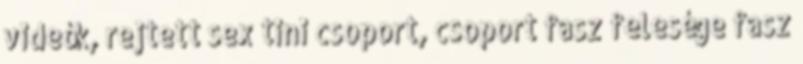
videók, rejtett sex tini csoport, csoport fasz felesége fasz